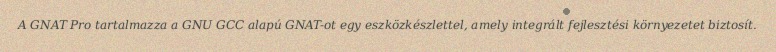
A GNAT Pro tartalmazza a GNU GCC alapú GNAT-ot egy eszközkészlettel, amely integrált fejlesztési környezetet biztosít.